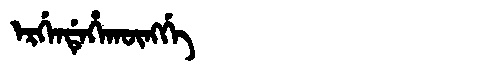
Manchu: ᡝᡵᡤᡝᠨᡩᡝᡥᠠᡴᡡᠩᡤᡝ
Romanization: ERGENDEHAKŪNGGE